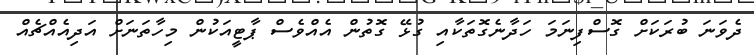
ދެވަނަ ބުރަކަށް ގޮސްފިނަމަ ހަދާނެގޮތަކާއި ގުޅޭ ގޮތުން އެއްވެސް ޕާޓީއަކުން މިހާތަނަށް އަދިއެއްޗެއް